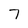
Character: 7